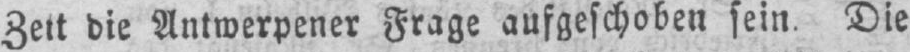
Zeit die Antwerpener Frage aufgeschoben sein. Die